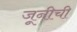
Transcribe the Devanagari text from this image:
जूनीची